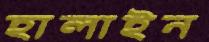
হালাইন